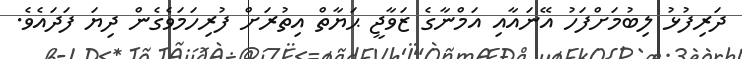
ދަރިފުޅު ލިބުމަށްފަހު އޭނައާއި އަމްނާގެ ޒަވާޖީ ޙަޔާތް އިތުރަށް ފުރިހަމަވެގެން ދިޔަ ފަދައެވެ.